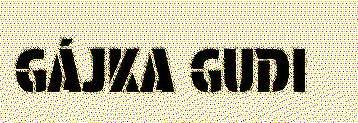
GÁJKA GUDI